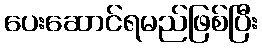
ပေးဆောင်ရမည်ဖြစ်ပြီး